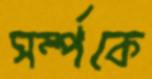
সর্ম্পকে